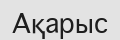
Ақарыс